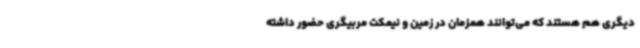
دیگری هم هستند که می‌توانند همزمان در زمین و نیمکت مربیگری حضور داشته